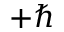
+ \hbar